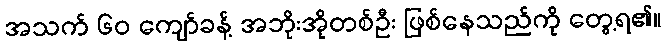
အသက် ၆၀ ကျော်ခန့် အဘိုးအိုတစ်ဦး ဖြစ်နေသည်ကို တွေ့ရ၏။